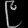
Digit: ၉